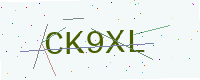
Text: CK9XL